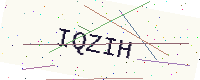
Text: IQZIH